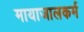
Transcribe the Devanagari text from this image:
मायाजालकर्म